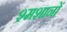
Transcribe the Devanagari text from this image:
श्मशानों